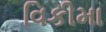
વિકીમા